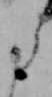
た